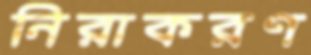
নিরাকরণ